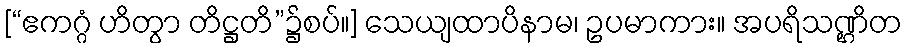
[“ဧကဂ္ဂံ ဟိတွာ တိဋ္ဌတိ”၌စပ်။] သေယျထာပိနာမ၊ ဥပမာကား။ အပရိသဏ္ဌိတ